Sketch of the medical history of the native army of Bombay, for the year
Year: 1872
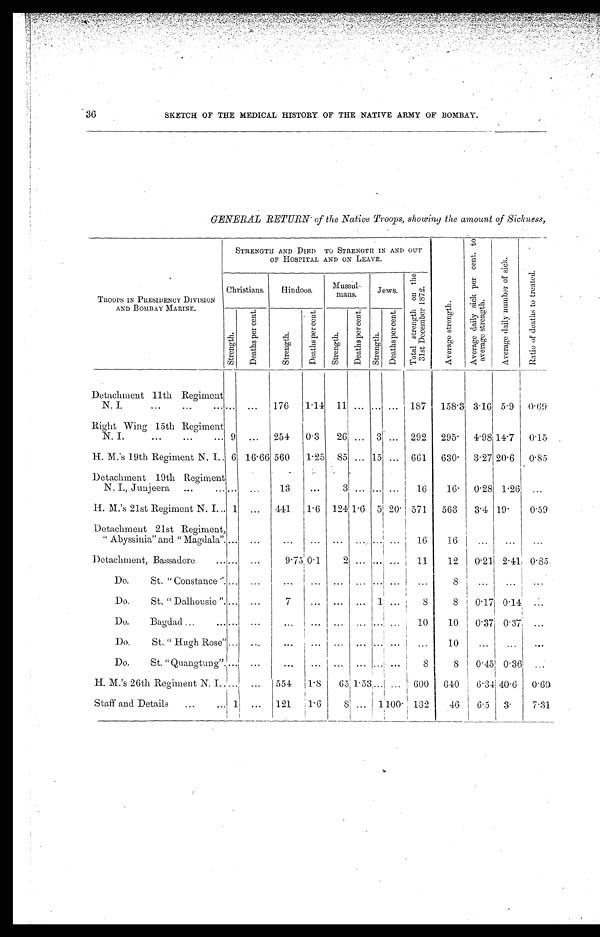
36
SKETCH OF THE MEDICAL HISTORY OF THE NATIVE ARMY OF BOMBAY.
GENERAL RETURN of the Native Troops, showing the amount of sickness,
TROOPS IN PRESIDENCY DIVISION
AND BOMBAY MARINE.
STRENGTH AND DIED TO STRENGTH IN AND OUT
OF HOSPITAL AND ON LEAVE.
A v e r a g e s t r e n g t h .
A v e r a g e d a i l y s i c k p e r c e n t . t o a v e r a g e s t r e n g t h .
A v e r a g e d a i l y n u m b e r o f s i c k .
R a t i o o f d e a t h s t o t r e a t e d .
Christians.
Hindoos.
Mussul-
mans.
Jews.
T o t a l s t r e n g t h o n t h e 3 1 s t D e c e m b e r 1 8 7 2 .
S t r e n g t h .
D e a t h s p e r c e n t .
S t r e n g t h .
D e a t h s p e r c e n t .
S t r e n g t h .
D e a t h s p e r c e n t .
S t r e n g t h .
D e a t h s p e r c e n t .
Detachment 11th Regiment
N. I.
... ...
176
1.14 11 ... . . .
. . .
... 187
158.3 3.16 5.9
0.69
Right Wing 15th Regiment
N. I.
9 ...
254
0.3
26 ... 3 ... 292
295.
4.98 14.7
0.15
H. M.'s 19th Regiment N. I. 6 16.66 560
1.25 85 ... 15 ... 661
630.
3.27 20.6
0.85
Detachment 19th Regiment
N. I., Junjeera
...
...
13
...
3
. . . . . . ...
16
16.
0.28 1.26 ...
H. M.'s 21st Regiment N. I
1 ...
441
1.6 124 1.6 5 20. 571
563
3.4 19.
0.59
Detachment 21st Regiment,
"Abyssinia" and "Magdala" ...
...
...
...
...
. . .
. . . ...
16
16
...
...
...
Detachment, Bassadore
... ...
9.75 0.1
2 ... ... ...
11
12
0.21 2.41 0.85
Do. St. "Constance" ...
. . .
. . .
...
. . .
. . .
. . . ... ! ...
8
...
...
. . .
Do. St. "Dalhousie" ...
...
7
... ...
. . . 1
...
8
8
0.17 0.14
. . .
Do. Bagdad
...
...
...
...
. . .
. . . . . . ...
10
10
0.37 0.37
. . .
Do. St. "Hugh Rose" ... ...
...
... ... ...
. . . ...
...
10 ...
...
. . .
Do. St. "Quangtung" ...
...
...
...
. . . ...
. . . ...
8
8 I 0.45 0.36 ...
H. M.'s 26th Regiment N. I. ...
...
554
1.8
65 1.53 . . . ... 600
640
6.34 40.6
0.60
Staff and Details
1 ...
121
1.6
8 . . .
1
100. 132
46
6.5
3 .
7.31